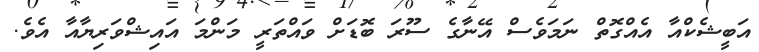
އަބީޝެކްއާ އެއްގޮތް ނަމަވެސް އޭނާގެ ސޫރަ ބޮޑަށް ވައްތަރީ މަންމަ އައިޝްވަރިޔާއާ އެވެ.